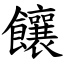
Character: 饟